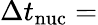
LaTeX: \Delta t_{\mathrm{nuc}}=